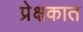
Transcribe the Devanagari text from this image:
प्रेक्षकात